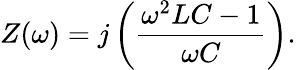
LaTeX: Z(\omega)=j\left({\frac{\omega^{2}LC-1}{\omega C}}\right).